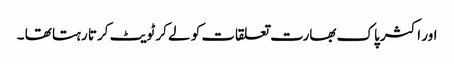
اور اکثر پاک بھارت تعلقات کو لے کر ٹویٹ کرتا رہتا تھا ۔